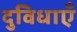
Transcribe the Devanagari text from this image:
दुविधाएँ